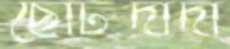
ছোটদাদা